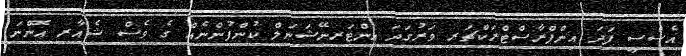
އެސްސީ ފަދަ އިންފްރާސްޓްރަކްޗަރ ވަރުގަދަ އިންޓަރނޭޝަނަލް ކުންފުންނެއް ގެ ވެސް ޝެއާރ އޮންނަ